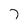
Character: 7